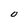
Character: O